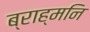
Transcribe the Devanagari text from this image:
ब्राह्मनि